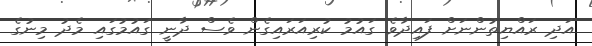
އަދި ރައްޔިތުންނަށް ފައިދާވެ ގައުމު ކުރިއަރައިގެން ވެސް ދާނީ ގައުމުގައި މެދު މިނުގެ